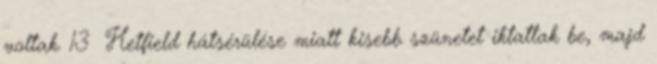
voltak. 13 Hetfield hátsérülése miatt kisebb szünetet iktattak be, majd